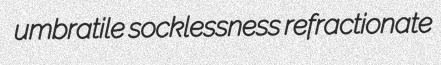
umbratile socklessness refractionate